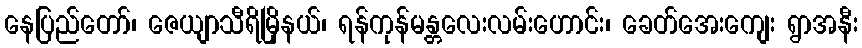
နေပြည်တော်၊ ဇေယျာသီရိမြိုနယ်၊ ရန်ကုန်မန္တလေးလမ်းဟောင်း၊ ခေတ်အေးကျေး ရွာအနီး